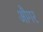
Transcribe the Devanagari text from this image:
औगर